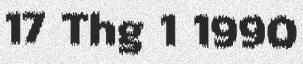
17 Thg 1 1990